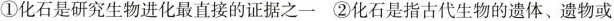
①化石是研究生物进化最直接的证据之一②化石是指古代生物的遗体、遗物或